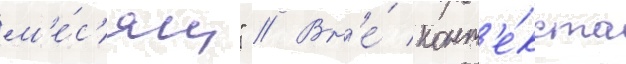
м'е́с'яц" // Вн'е́ конт'е́кста